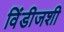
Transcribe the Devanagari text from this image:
विंडीजशी